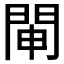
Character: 𨴁